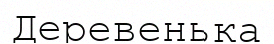
Деревенька